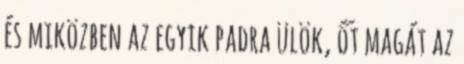
és miközben az egyik padra ülök, őt magát az